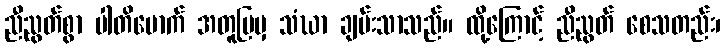
ညီညွတ်စွာ ပါတိမောက် အတူပြမှ သံဃာ ချမ်းသာသည်။ ထို့ကြောင့် ညီညွတ် စေသတည်း၊